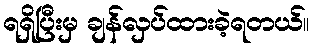
ရရှိပြီးမှ ချန်လှပ်ထားခဲ့ရတယ်။